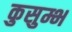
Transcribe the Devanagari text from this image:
कुसुम्भ